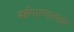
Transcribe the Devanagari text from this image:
बर्हमाल्यावतंसं